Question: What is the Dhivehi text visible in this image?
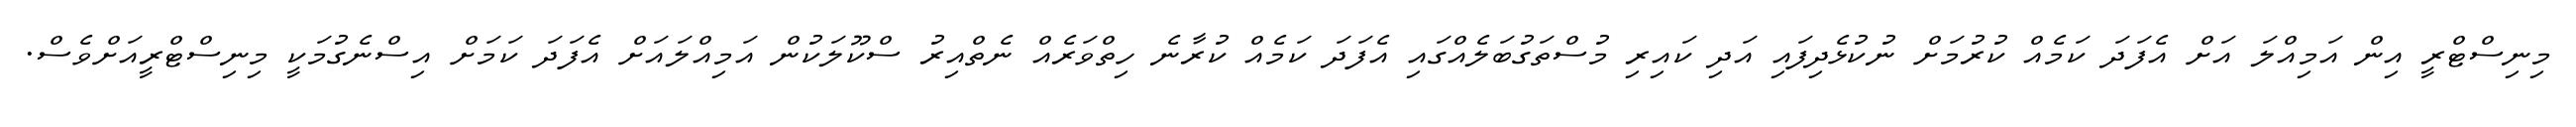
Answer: މިނިސްޓްރީ އިން އަމިއްލަ އަށް އެފަދަ ކަމެއް ކުރުމަށް ނުކުޅެދިފައި އަދި ކައިރި މުސްތަގުބަލެއްގައި އެފަދަ ކަމެއް ކުރާނެ ހިތްވަރެއް ނެތްއިރު ސްކޫލަކުން އަމިއްލައަށް އެފަދަ ކަމަށް އިސްނެގުމަކީ މިނިސްޓްރީއަށްވެސް.